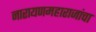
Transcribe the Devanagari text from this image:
नारायणमहाराजांचा